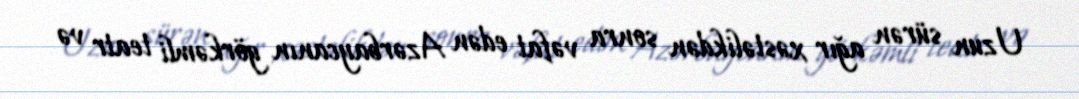
Uzun sürən ağır xəstəlikdən sonra vəfat edən Azərbaycanın görkəmli teatr və